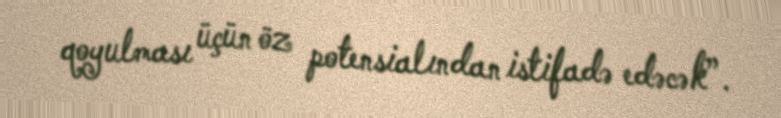
qoyulması üçün öz potensialından istifadə edəcək”.